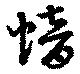
愔